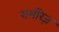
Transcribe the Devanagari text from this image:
रामीरेज़